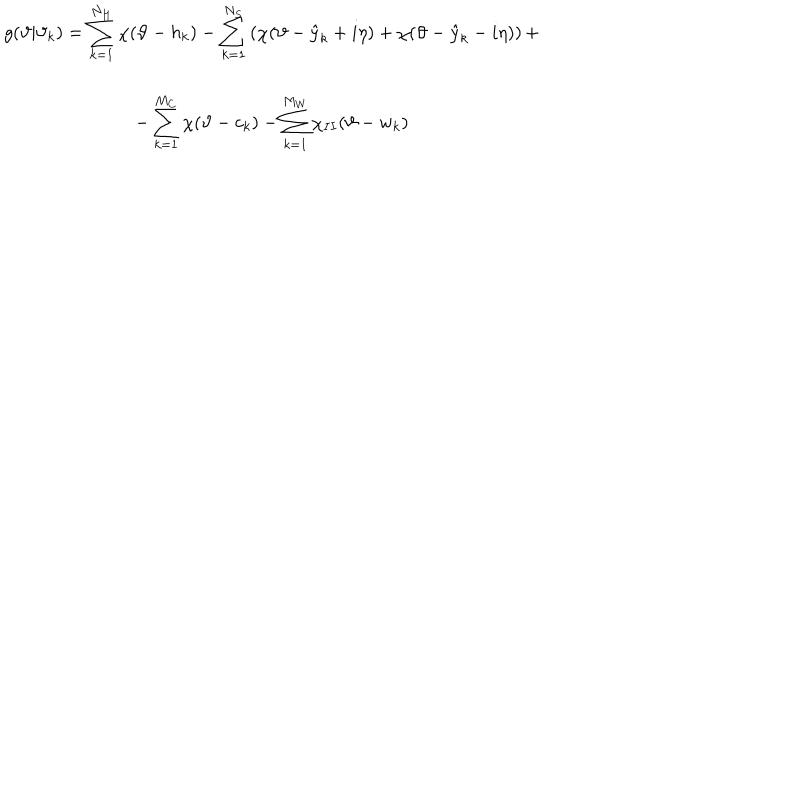
\begin{array} { c } { { g ( \vartheta | \vartheta _ { k } ) = \displaystyle \sum _ { k = 1 } ^ { N _ { H } } \chi ( \vartheta - h _ { k } ) - \displaystyle \sum _ { k = 1 } ^ { N _ { S } } \left( \chi ( \vartheta - \hat { y } _ { k } + i \eta ) + \chi ( \vartheta - \hat { y } _ { k } - i \eta ) \right) + } } \\ { { - \displaystyle \sum _ { k = 1 } ^ { M _ { C } } \chi ( \vartheta - c _ { k } ) - \displaystyle \sum _ { k = 1 } ^ { M _ { W } } \chi _ { I I } ( \vartheta - w _ { k } ) } } \\ \end{array}